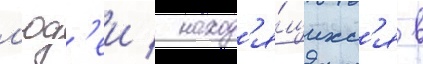
л'юд'еи / наход'я́щихс'я в